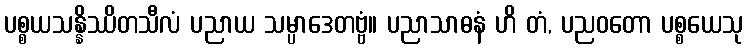
ပစ္စယသန္နိဿိတသီလံ ပညာယ သမ္ပာဒေတဗ္ဗံ။ ပညာသာဓနံ ဟိ တံ, ပညဝတော ပစ္စယေသု